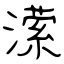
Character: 潆